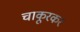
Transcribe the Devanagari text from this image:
चाकूरकर